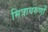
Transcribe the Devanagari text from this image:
मित्रावरुणों